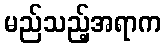
မည်သည့်အရာက